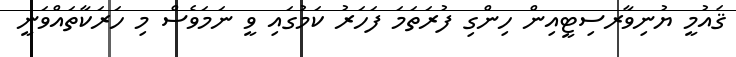
ޤައުމީ ޔުނިވާރސިޓީއިން ހިންގި ފުރަތަމަ ފަހަރު ކަމުގައި ވީ ނަމަވެސް މި ހަރަކާތައްވަނީ